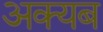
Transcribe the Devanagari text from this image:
अक्यब